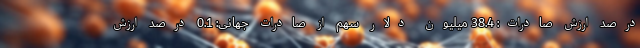
درصد ارزش صادرات: 38.4 میلیون دلار سهم از صادرات جهانی: 0.1 درصد ارزش